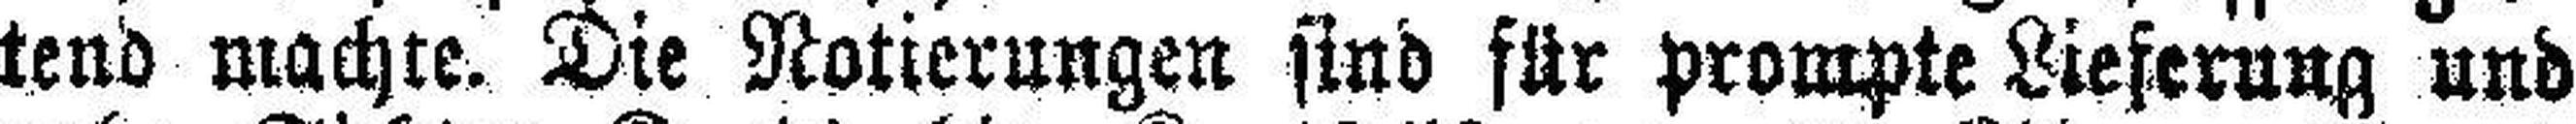
tend machte. Die Notierungen sind für prompte Lieferung und